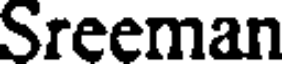
Sreeman